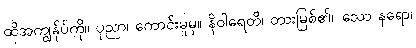
ထိုအကျွန်ုပ်ကို။ ပုညာ၊ ကောင်းမှုမှ။ နိဝါရေတိ၊ တားမြစ်၏။ သော နရော၊